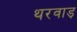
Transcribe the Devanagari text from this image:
थरवाड़